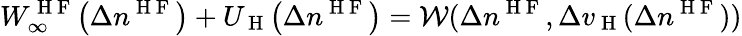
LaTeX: W_{\infty}^{\mathrm{~H~F~}}\! \left(\Delta n^{\mathrm{~H~F~}}\right)+U_{\mathrm{~H~}}\! \left(\Delta n^{\mathrm{~H~F~}}\right)=\mathcal{W}(\Delta n^{\mathrm{~H~F~}},\Delta v_{\mathrm{~H~}}(\Delta n^{\mathrm{~H~F~}}))